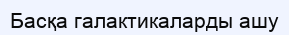
Басқа галактикаларды ашу